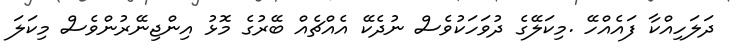
ދަލަހިއްކާ ފައެއްހޭ .މިކަލޭގެ ދުވަހަކުވެސް ނުދެކޭ އެއްޗެއް ބޭރުގެ މޮޅު އިންޖިނޭރުންވެސް މިކަލަ